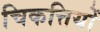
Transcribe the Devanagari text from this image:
चिकत्तियों